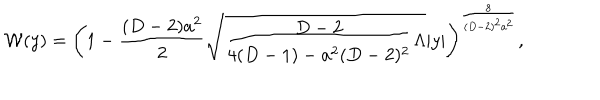
LaTeX: { \cal W } ( y ) = \left( 1 - { \frac { ( D - 2 ) a ^ { 2 } } { 2 } } \sqrt { { \frac { D - 2 } { 4 ( D - 1 ) - a ^ { 2 } ( D - 2 ) ^ { 2 } } } \Lambda } | y | \right) ^ { \frac { 8 } { ( D - 2 ) ^ { 2 } a ^ { 2 } } } ,